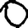
Digit: 0